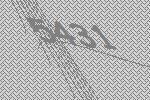
5431